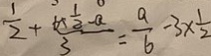
\frac { 1 } { 2 } + \frac { 6 + \frac { 1 } { 2 } - a } { 3 } = \frac { a } { b } - 3 \times \frac { 1 } { 2 }